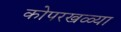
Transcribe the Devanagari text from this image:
कोपरखळ्या